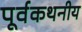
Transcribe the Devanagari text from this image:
पूर्वकथनीय